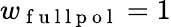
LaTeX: w_{\mathrm{~f~u~l~l~p~o~l~}}=1